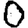
Digit: 0